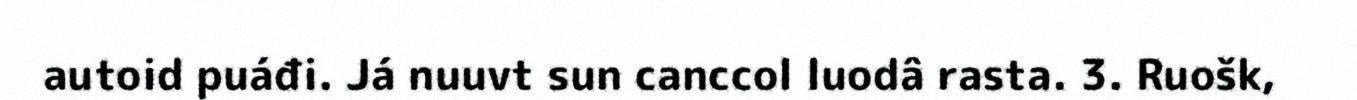
autoid puáđi. Já nuuvt sun canccol luodâ rasta. 3. Ruošk,